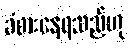
ခံစားနေရသည်ဟု